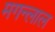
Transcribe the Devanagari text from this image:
मगन्लाल